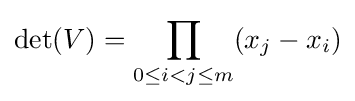
\det(V)=\prod _{0\leq i<j\leq m}(x_{j}-x_{i})